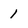
Character: 1